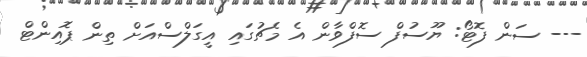
--- ސަން ފޮޓޯ: ޔޫސުފް ސޮފްވާން އެ މެޗުގައި އީގަލްސްއަށް ތިން ޕޮއިންޓް